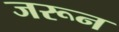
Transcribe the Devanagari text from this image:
जरून